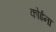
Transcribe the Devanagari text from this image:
कोईना